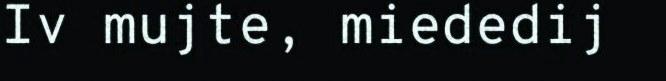
Iv mujte, miededij